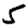
Digit: 5